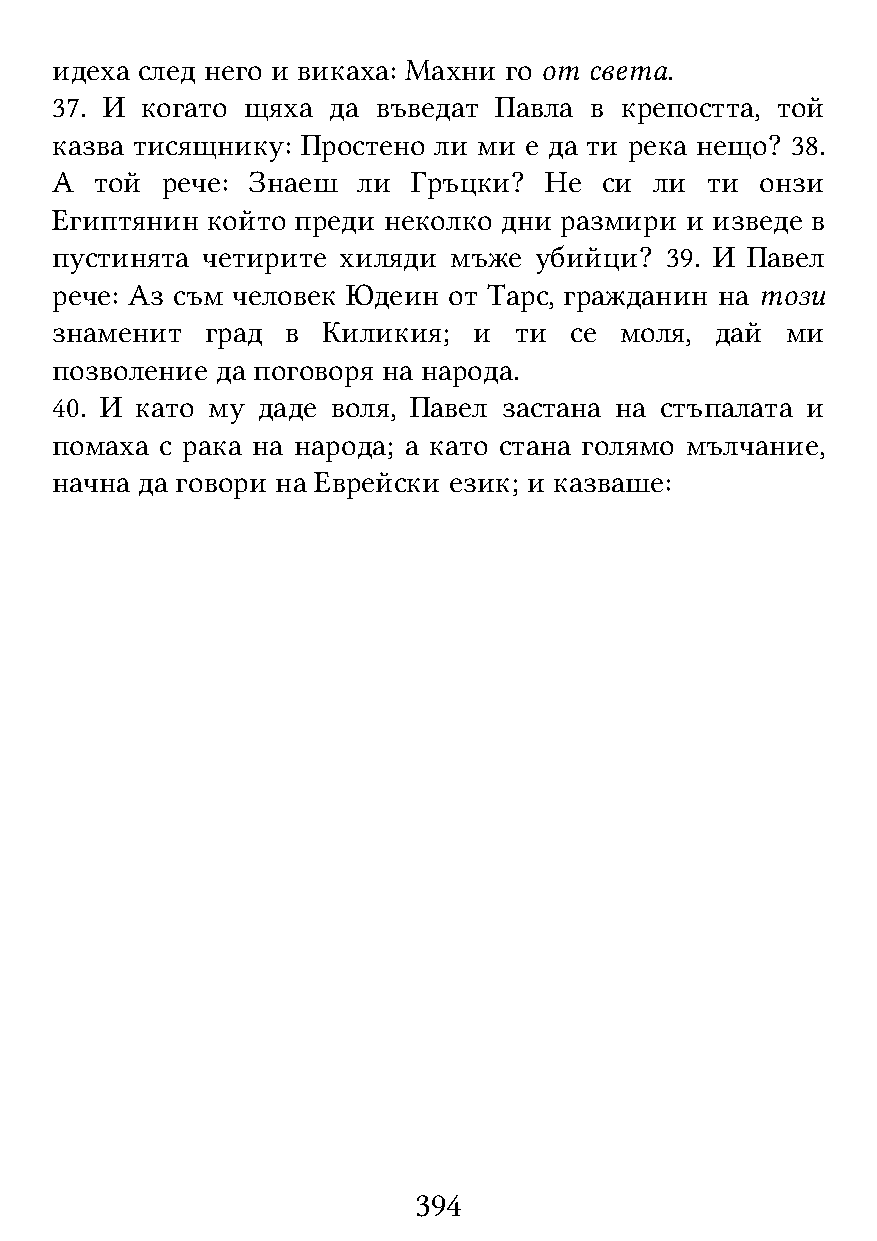
идеха след него и викаха: Махни го от света.
 37. И когато щяха  да въведат Павла в крепостта, той
 казва тисящнику: Простено ли ми е да ти река нещо? 38.
 А  той  рече: Знаеш  ли Гръцки?  Не  си ли  ти онзи
 Египтянин  който преди неколко дни размири и изведе в
 пустинята четирите хиляди  мъже убийци?  39. И Павел
 рече: Аз съм человек Юдеин от Тарс, гражданин на този
 знаменит   град в Киликия;  и  ти  се моля, дай  ми
 позволение да поговоря на народа.
 40. И като му даде воля, Павел застана на стъпалата и
 помаха  с рака на народа; а като стана голямо мълчание,
 начна да говори на Еврейски език; и казваше:
 394